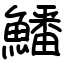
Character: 鱕